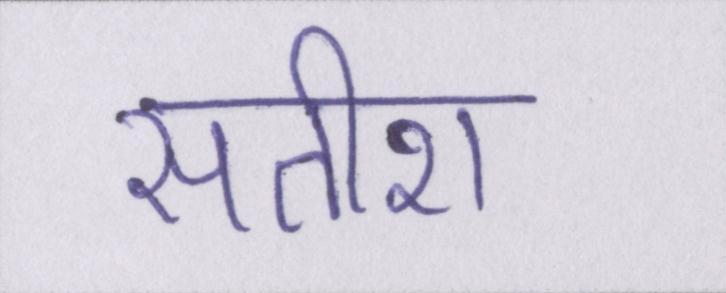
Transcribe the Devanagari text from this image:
सतीश